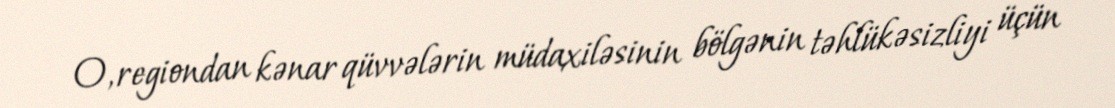
O, regiondan kənar qüvvələrin müdaxiləsinin bölgənin təhlükəsizliyi üçün